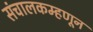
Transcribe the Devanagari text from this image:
संचालकम्हणून